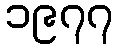
၁၉၇၇